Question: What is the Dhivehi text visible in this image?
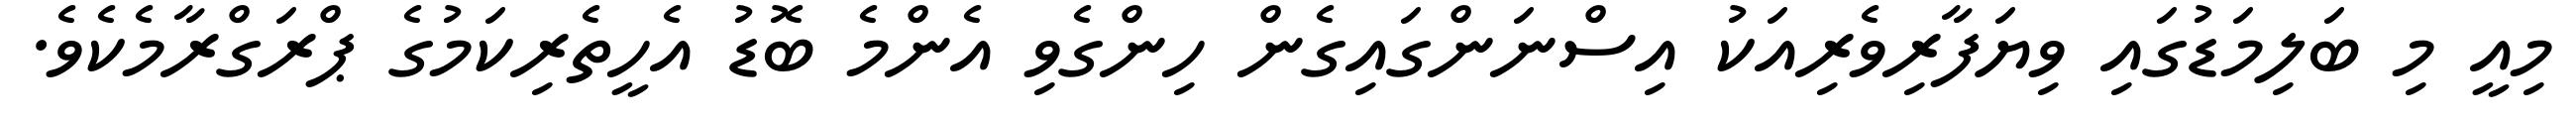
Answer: މިއީ މި ބަލިމަޑުގައި ވިޔަފާރިވެރިއަކު އިސްނަންގައިގެން ހިންގެވި އެންމެ ބޮޑު އެހީތެރިކަމުގެ ޕްރަގްރާމެކެވެ.